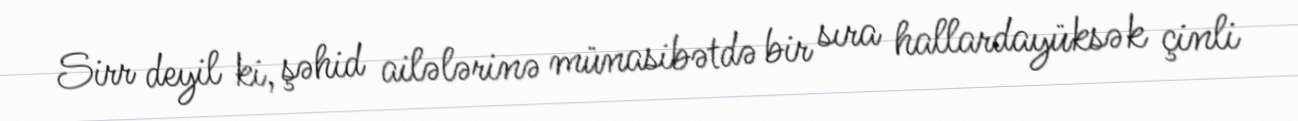
Sirr deyil ki, şəhid ailələrinə münasibətdə bir sıra hallardayüksək çinli